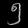
Digit: ၅